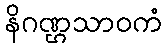
နိဂဏ္ဌသာဝကံ